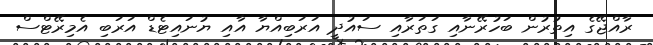
ރާއްޖޭގެ އިތުރުން ބަހުރޭނާއި ގަތަރާއި ސައުދީ އަރަބިއްޔާ އާއި ޔުނައިޓެޑް އަރަބި އެމިރޭޓްސް